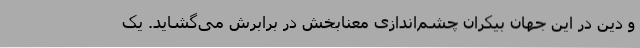
و دین در این جهان بیکران چشم‌اندازی معنابخش در برابرش می‌گشاید. یک